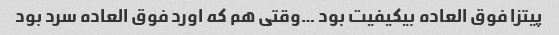
پیتزا فوق العاده بیکیفیت بود …وقتی هم که اورد فوق العاده سرد بود